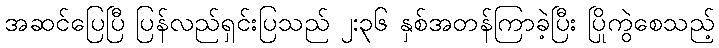
အဆင်ပြေပြီ ပြန်လည်ရှင်းပြသည် ၂:၃၆ နှစ်အတန်ကြာခဲ့ပြီး ပြိုကွဲစေသည့်